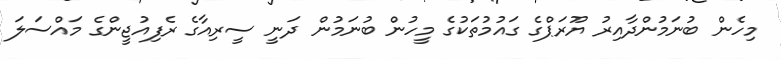
މިހެން ބުނަމުންދާއިރު ޔޫރަޕްގެ ގައުމުތަކުގެ މީހުން ބުނަމުން ދަނީ ސީރިއާގެ ރެފިއުޖީންގެ މައްސަލަ